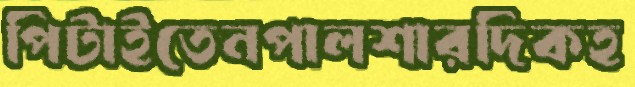
পিটাইতেনপালশারদিকহ